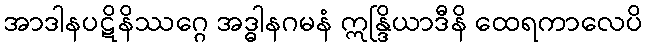
အာဒါနပဋိနိဿဂ္ဂေ အဒ္ဓါနဂမနံ ဣန္ဒြိယာဒီနိ ထေရကာလေပိ